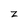
Character: z